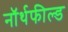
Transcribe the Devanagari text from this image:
नॉर्थफील्ड